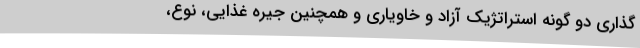
گذاری دو گونه استراتژیک آزاد و خاویاری و همچنین جیره غذایی، نوع،